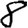
Digit: 8